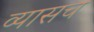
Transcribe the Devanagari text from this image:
व्यासच